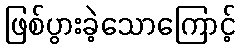
ဖြစ်ပွားခဲ့သောကြောင့်